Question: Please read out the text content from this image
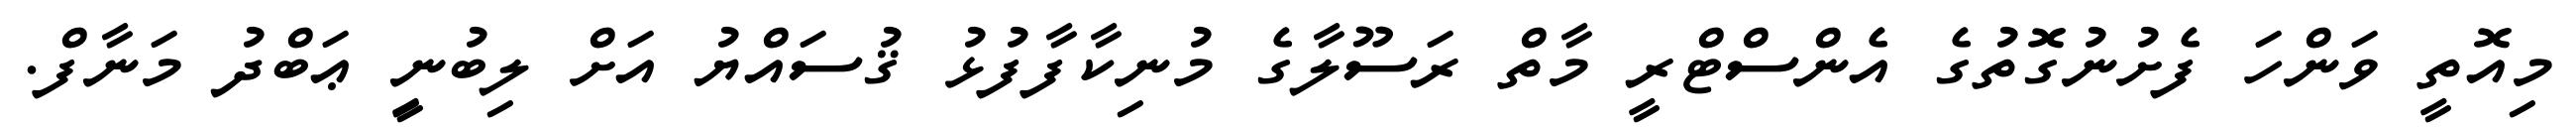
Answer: މިއޮތީ ވަންހަ ފެށުނުގޮތުގެ އެންސްޓްރީ މާތް ރަސޫލާގެ މުނިކާފާފުޅު ޤުސައްޔު އަށް ލިބުނިީ ޢަބްދު މަނާފް.